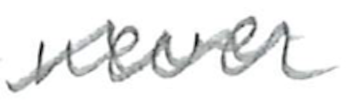
Text: never
Cross-out: wave
Writing tool: pencil